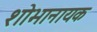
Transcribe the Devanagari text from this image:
शोभानायक